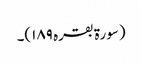
(سورۃ بقرہ ۱۸۹)۔